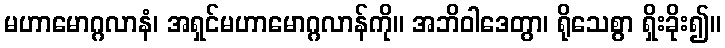
မဟာမောဂ္ဂလာနံ၊ အရှင်မဟာမောဂ္ဂလာန်ကို။ အဘိဝါဒေတွာ၊ ရိုသေစွာ ရှိးခိုး၍။